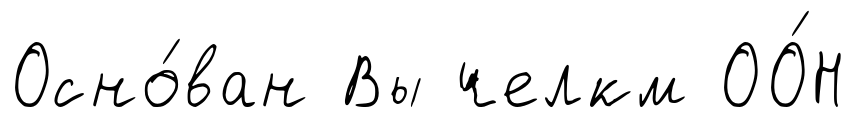
Осно́ван Вы челкм ОО́Н